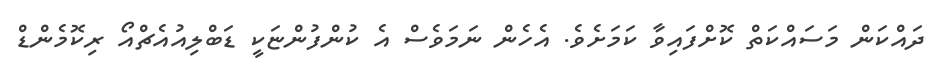
ދައްކަން މަސައްކަތް ކޮށްފައިވާ ކަމަށެވެ. އެހެން ނަމަވެސް އެ ކުންފުންޏަކީ ޑަބްލިއުއެޗްއޯ ރިކޮމެންޑް